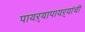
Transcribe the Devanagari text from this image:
पायऱ्यापायऱ्यांची